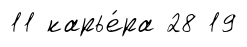
11 карье́ра 28 19